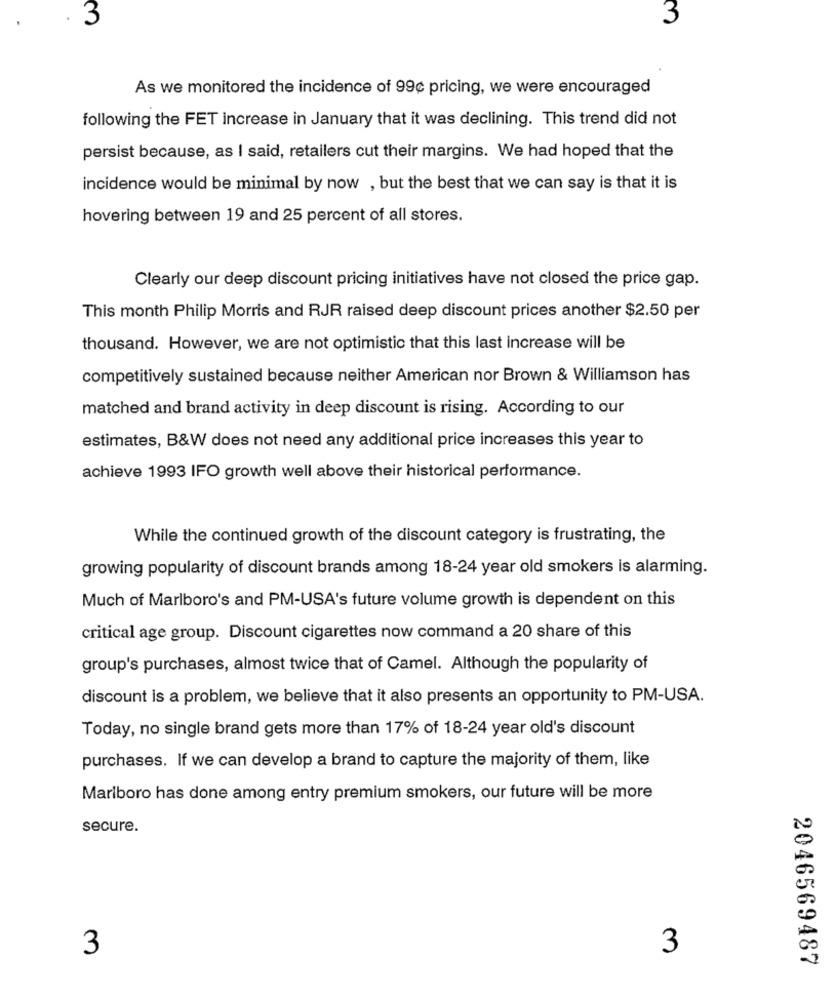
3
3
As we monitored the incidence of 99c pricing, we were encouraged
following the FET increase in January that it was declining. This trend did not
persist because, as I said, retailers cut their margins. We had hoped that the
incidence would be minimal by now , but the best that we can say is that it is
hovering between 19 and 25 percent of all stores.
Clearly our deep discount pricing initiatives have not closed the price gap.
This month Philip Morris and RJR raised deep discount prices another $2.50 per
thousand. However, we are not optimistic that this last increase will be
competitively sustained because neither American nor Brown & Williamson has
matched and brand activity in deep discount is rising. According to our
estimates, B&W does not need any additional price increases this year to
achieve 1993 IFO growth well above their historical performance.
While the continued growth of the discount category is frustrating, the
growing popularity of discount brands among 18-24 year old smokers is alarming.
Much of Marlboro's and PM-USA's future volume growth is dependent on this
critical age group. Discount cigarettes now command a 20 share of this
group's purchases, almost twice that of Camel. Although the popularity of
discount is a problem, we believe that it also presents an opportunity to PM-USA.
Today, no single brand gets more than 17% of 18-24 year old's discount
purchases. If we can develop a brand to capture the majority of them, like
Marlboro has done among entry premium smokers, our future will be more
secure.
3
3
2046569487